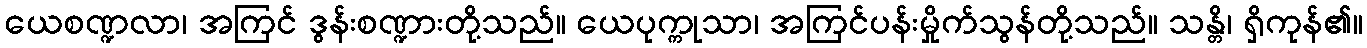
ယေစဏ္ဍလာ၊ အကြင် ဒွန်းစဏ္ဍားတို့သည်။ ယေပုက္ကုသာ၊ အကြင်ပန်းမှိုက်သွန်တို့သည်။ သန္တိ၊ ရှိကုန်၏။